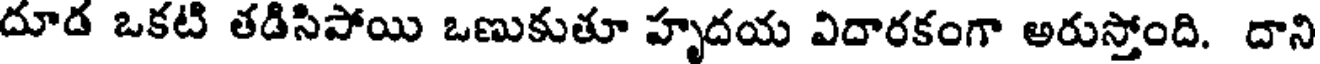
దూడ ఒకటి తడిసిపోయి ఒణుకుతూ హృదయ విదారకంగా అరుస్తోంది. దాని